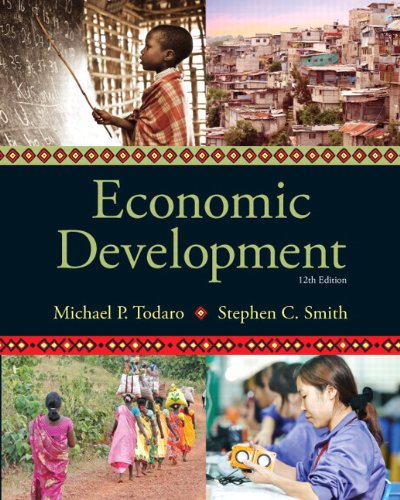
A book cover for Economic Development (12th Edition) (The Pearson Series in Economics); Michael P. Todaro; Business & Money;